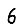
Digit: 6